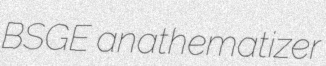
BSGE anathematizer